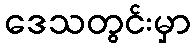
ဒေသတွင်းမှာ